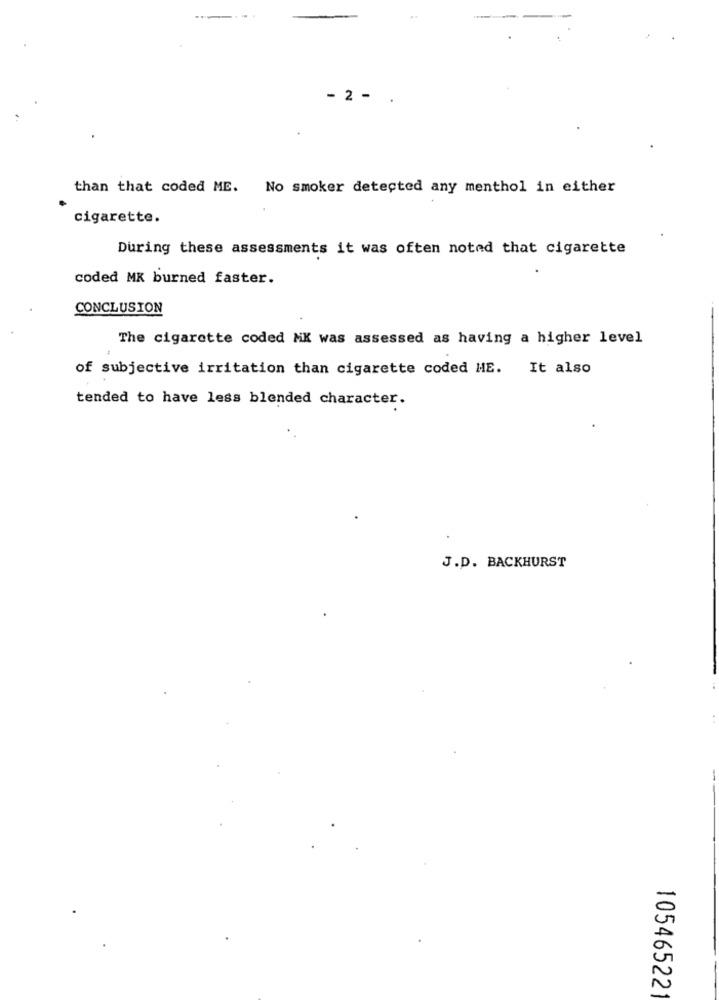
- 2 -
than that coded ME. No smoker detected any menthol in either
cigarette.
During these assessments it was often noted that cigarette
coded MK burned faster.
CONCLUSION
The cigarette coded MK was assessed as having a higher level
of subjective irritation than cigarette coded HE. It also
tended to have less blended character.
J.D. BACKHURST
10546522